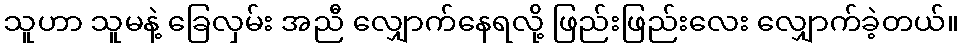
သူဟာ သူမနဲ့ ခြေလှမ်း အညီ လျှောက်နေရလို့ ဖြည်းဖြည်းလေး လျှောက်ခဲ့တယ်။